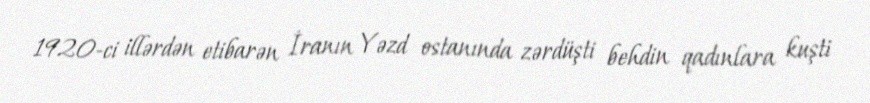
1920-ci illərdən etibarən İranın Yəzd ostanında zərdüşti behdin qadınlara kuşti